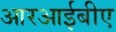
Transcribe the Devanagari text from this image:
आरआईबीए